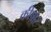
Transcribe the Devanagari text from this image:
कीष़ोर